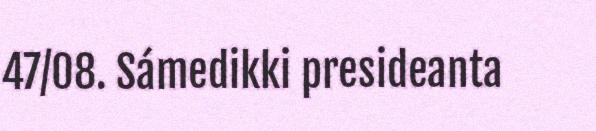
47/08. Sámedikki presideanta